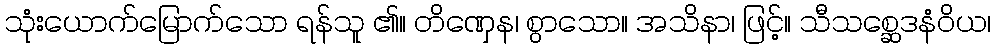
သုံးယောက်မြောက်သော ရန်သူ ၏။ တိဏှေန၊ စွာသော။ အသိနာ၊ ဖြင့်။ သီသစ္ဆေဒနံဝိယ၊